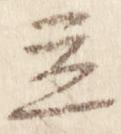
立